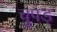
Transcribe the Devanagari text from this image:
चुपड़